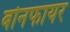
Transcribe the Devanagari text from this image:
बोनफायर